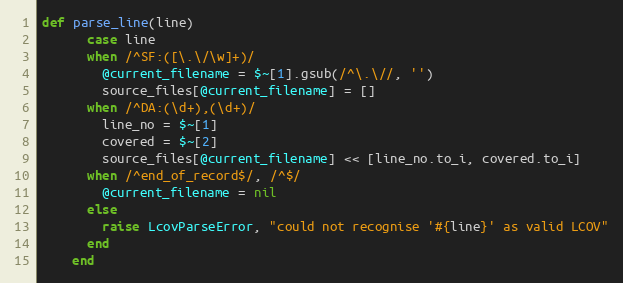
Language: Ruby
def parse_line(line)
      case line
      when /^SF:([\.\/\w]+)/
        @current_filename = $~[1].gsub(/^\.\//, '')
        source_files[@current_filename] = []
      when /^DA:(\d+),(\d+)/
        line_no = $~[1]
        covered = $~[2]
        source_files[@current_filename] << [line_no.to_i, covered.to_i]
      when /^end_of_record$/, /^$/
        @current_filename = nil
      else
        raise LcovParseError, "could not recognise '#{line}' as valid LCOV"
      end
    end